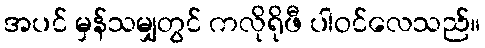
အပင် မှန်သမျှတွင် ကလိုရိုဖီ ပါဝင်လေသည်။